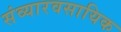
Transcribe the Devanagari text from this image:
संव्यारवसायिक